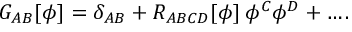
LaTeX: G _ { A B } [ \phi ] = \delta _ { A B } + R _ { A B C D } [ \phi ] \: \phi ^ { C } \phi ^ { D } + \ldots .